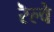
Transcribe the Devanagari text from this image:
रॆल्वे